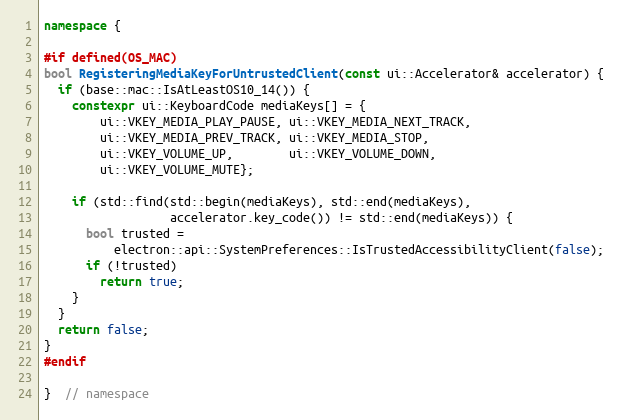
Language: C++
namespace {

#if defined(OS_MAC)
bool RegisteringMediaKeyForUntrustedClient(const ui::Accelerator& accelerator) {
  if (base::mac::IsAtLeastOS10_14()) {
    constexpr ui::KeyboardCode mediaKeys[] = {
        ui::VKEY_MEDIA_PLAY_PAUSE, ui::VKEY_MEDIA_NEXT_TRACK,
        ui::VKEY_MEDIA_PREV_TRACK, ui::VKEY_MEDIA_STOP,
        ui::VKEY_VOLUME_UP,        ui::VKEY_VOLUME_DOWN,
        ui::VKEY_VOLUME_MUTE};

    if (std::find(std::begin(mediaKeys), std::end(mediaKeys),
                  accelerator.key_code()) != std::end(mediaKeys)) {
      bool trusted =
          electron::api::SystemPreferences::IsTrustedAccessibilityClient(false);
      if (!trusted)
        return true;
    }
  }
  return false;
}
#endif

}  // namespace